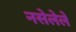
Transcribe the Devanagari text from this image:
नसेलेले